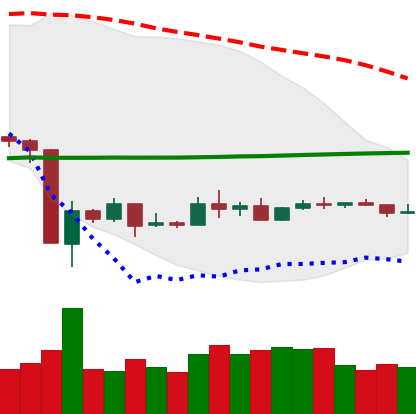
Ticker: ETC-USD
Chart end date: 2020-03-29
Forward return: 5.859%
Label: up_5_7